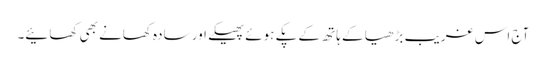
آج اس غریب بڑھیا کے ہاتھ کے پکے ہوئے پھیکے اور سادہ کھانے بھی کھائیے۔